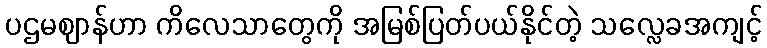
ပဌမဈာန်ဟာ ကိလေသာတွေကို အမြစ်ပြတ်ပယ်နိုင်တဲ့ သလ္လေခအကျင့်